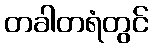
တခါတရံတွင်